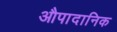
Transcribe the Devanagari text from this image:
औपादानिक